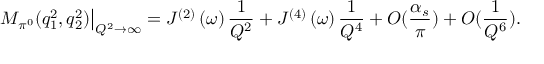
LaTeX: \left. M _ { \pi ^ { 0 } } ( q _ { 1 } ^ { 2 } , q _ { 2 } ^ { 2 } ) \right\vert _ { Q ^ { 2 } \rightarrow \infty } = J ^ { ( 2 ) } \left( \omega \right) \frac { 1 } { Q ^ { 2 } } + J ^ { ( 4 ) } \left( \omega \right) \frac { 1 } { Q ^ { 4 } } + O ( \frac { \alpha _ { s } } { \pi } ) + O ( \frac { 1 } { Q ^ { 6 } } ) .